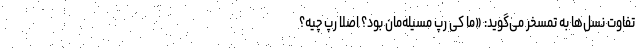
تفاوت نسل‌ها به تمسخر می‌گوید: «ما کی رپ مسیٔله‌مان بود؟ اصلا رپ چیه؟